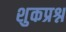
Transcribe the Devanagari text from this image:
शुकप्रश्न